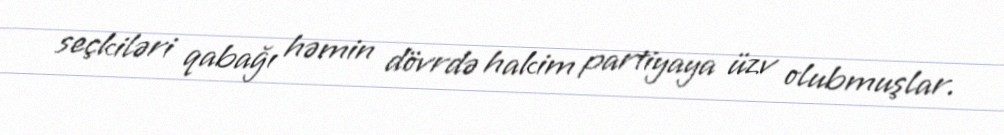
seçkiləri qabağı həmin dövrdə hakim partiyaya üzv olubmuşlar.